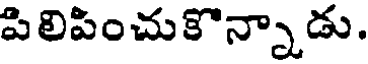
పిలిపించుకొన్నాడు.